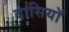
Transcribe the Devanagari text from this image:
दासियॉ